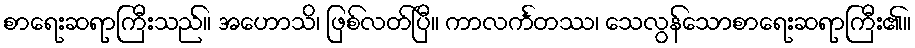
စာရေးဆရာကြီးသည်။ အဟောသိ၊ ဖြစ်လတ်ပြီ။ ကာလင်္ကတဿ၊ သေလွန်သောစာရေးဆရာကြီး၏။